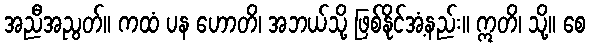
အညီအညွတ်။ ကထံ ပန ဟောတိ၊ အဘယ်သို့ ဖြစ်နိုင်အံ့နည်း။ ဣတိ၊ သို့။ စေ